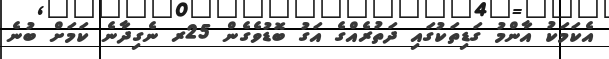
އެކަމަކު އާންމު ގަޑިތަކުގައި ދަތުރެއްގެ އަގު ބޮޑުވެގެން 25ރ ނެގިދާނެ ކަމަށް ބުނެ